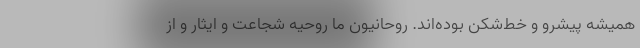
همیشه پیشرو و خط‌شکن بوده‌اند. روحانیون ما روحیه شجاعت و ایثار و از